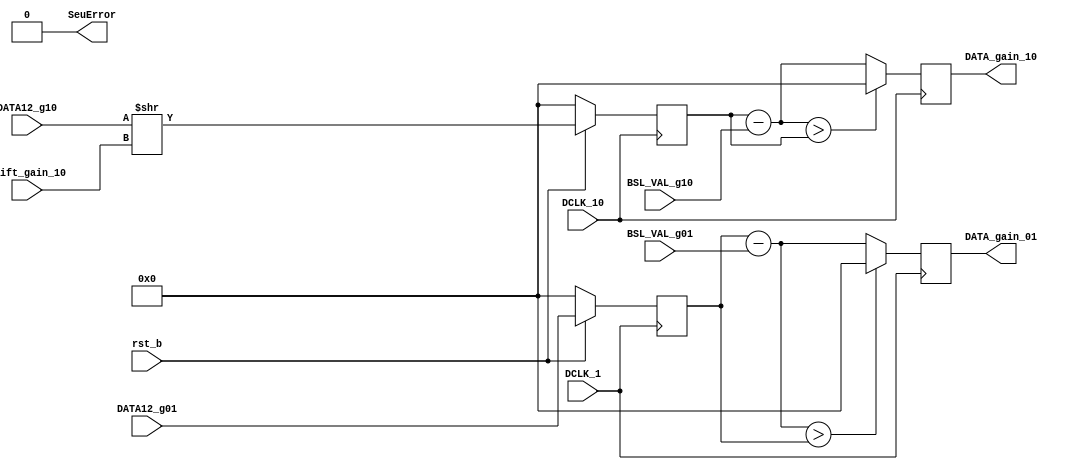
// *************************************************************************************************
//                              -*- Mode: Verilog -*-
//	Module:	Baseline subtraction
//	
//	Input:	- DCLK_1: ADC gain_1 clock
//			- DCLK_10: ADC gain_10 clock
//			- CLK: LiTe-DTU clock
//			- rst_b : 1'b0 LiTe-DTU INACTIVE- 1'b1: LiTe-DTU ACTIVE
//			- DATA12_g01: 12 bit from channel_gain_1
//			- DATA12_g10: 12 bit from channel_gain_10
//			- BSL_VAL_g01: baseline value channel_gain_1
//			- BSL_VAL_g10: baseline value channel_gain_10
//
//	Output:	- DATA_gain_01: 12 bit from channel_gain_1 (baseline subtracted)
//			- DATA_gain_10: 12 bit from channel_gain_10 (baseline subtracted)
//
//	15.05.2020	Block synchronized on DCLK only - Gianni
//   4.02.2021  manual triplication removed - Gianni
//				reset renamed rst_b since it is active low
//   21.06.21   ADC clock on the negative edge
// *************************************************************************************************

`timescale   1ns/1ps

module LDTU_BS(
	DCLK_1,
	DCLK_10,
	rst_b,
	DATA12_g01,
	DATA12_g10,
	shift_gain_10,
	BSL_VAL_g01,
	BSL_VAL_g10,
	DATA_gain_01,
	DATA_gain_10,
	SeuError
	);

	parameter    Nbits_12 = 12;
	parameter    Nbits_8 = 8;

	input DCLK_1;
	input DCLK_10;
	input rst_b;
	input [Nbits_12-1:0] DATA12_g01;
	input [Nbits_12-1:0] DATA12_g10;
	input [Nbits_8-1:0] BSL_VAL_g01;
	input [Nbits_8-1:0] BSL_VAL_g10;
        input [1:0] shift_gain_10;
   
	output  [Nbits_12-1:0] DATA_gain_01;
	output  [Nbits_12-1:0] DATA_gain_10;
	output SeuError;

	wire [Nbits_12-1:0] b_val_g01;
	wire [Nbits_12-1:0] b_val_g10;

	reg	[Nbits_12-1:0] d_g01;
	reg	[Nbits_12-1:0] d_g10;

   	reg	[Nbits_12-1:0] dg01_synch;
	reg	[Nbits_12-1:0] dg10_synch;

	wire [Nbits_12-1:0] dg01;
	wire [Nbits_12-1:0] dg10;

	wire tmrError = 1'b0;
	assign SeuError = tmrError;


	assign b_val_g01 =  {4'b0,BSL_VAL_g01};
	assign b_val_g10 =  {4'b0,BSL_VAL_g10};


		// Input synchronization

	always @ (negedge DCLK_1) begin
		if (rst_b == 1'b0) d_g01 <= 12'b0;
		else d_g01 <= DATA12_g01;
	end

	always @ (negedge DCLK_10) begin
		if (rst_b == 1'b0) d_g10 <= 12'b0;
		else d_g10 <= DATA12_g10  >> shift_gain_10;
	end

		// Baseline subtraction

   assign dg01 = d_g01-b_val_g01;
   assign dg10 = d_g10-b_val_g10;

   //Check if the baseline subtraction is not too high to create data rollover.
   //if the data before subtraction was lower than after: rollover happened.
   //If rollover: set output to 0.
   
   always @ (negedge DCLK_1) begin
      if(dg01 > d_g01) begin // before subtraction < than after
	 dg01_synch <= 12'b0;
      end
      else begin
	 dg01_synch <= dg01;
      end 
   end

   always @ (negedge DCLK_10) begin
      if(dg10 > d_g10) begin // before subtraction < than after
	 dg10_synch <= 12'b0;
      end
      else begin
	 dg10_synch <= dg10;
      end
   end
   
   assign DATA_gain_01 = dg01_synch;
   assign DATA_gain_10 = dg10_synch;
   

endmodule